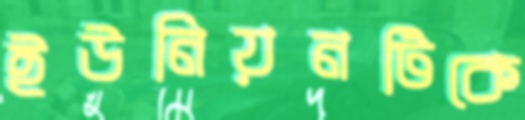
ইউনিয়নটিকে